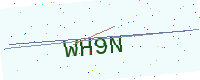
Text: WH9N